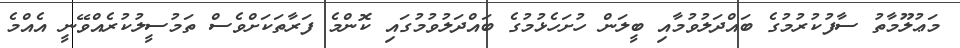
މަޢުލޫމާތު ސާފުކުރުމުގެ ބައްދަލުވުމާއި ބީލަން ހުށަހެޅުމުގެ ބައްދަލުވުމުގައި ކޮންމެ ފަރާތަކަށްވެސް ތަމުސީލުކުރެއްވޭނީ އެއްމެ